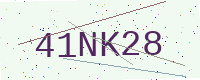
Text: 41NK28